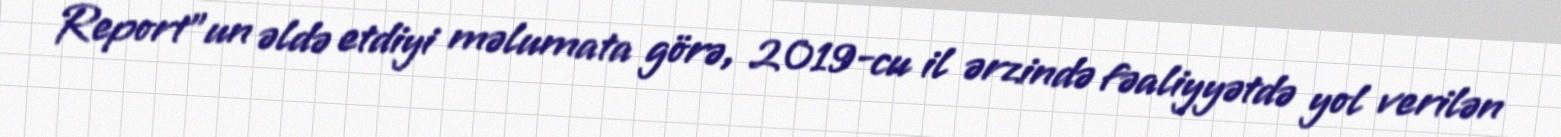
Report"un əldə etdiyi məlumata görə, 2019-cu il ərzində fəaliyyətdə yol verilən